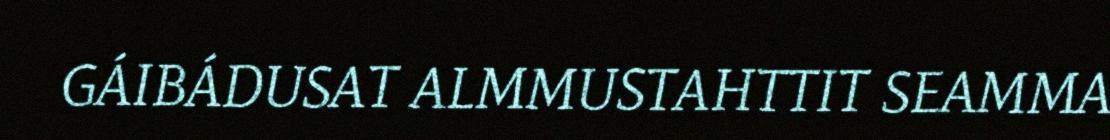
GÁIBÁDUSAT ALMMUSTAHTTIT SEAMMA